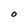
Character: O